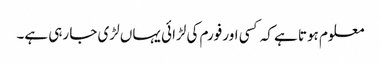
معلوم ہوتا ہے کہ کسی اور فورم کی لڑائی یہاں لڑی جا رہی ہے۔